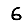
Digit: 6